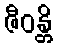
ဇီဝန္တိ